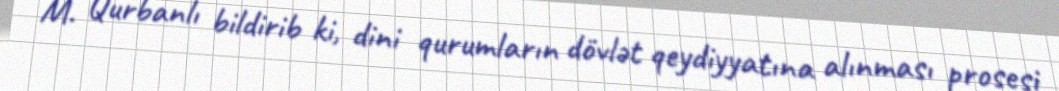
M. Qurbanlı bildirib ki, dini qurumların dövlət qeydiyyatına alınması prosesi